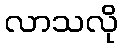
လာသလို